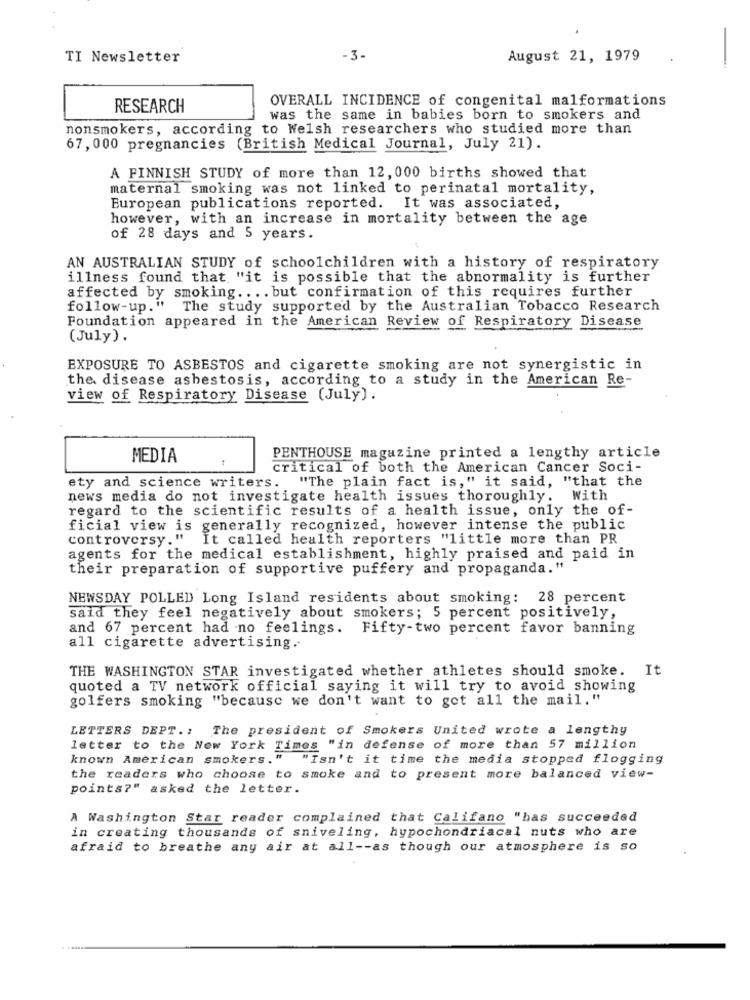
TI Newsletter
-3-
August 21, 1979
OVERALL INCIDENCE of congenital malformations
RESEARCH
was the same in babies born to smokers and
nonsmokers, according to Welsh researchers who studied more than
67, 000 pregnancies (British Medical Journal, July 21).
A FINNISH STUDY of more than 12, 000 births showed that
maternal smoking was not linked to perinatal mortality,
European publications reported. It was associated,
however, with an increase in mortality between the age
of 28 days and 5 years.
AN AUSTRALIAN STUDY of schoolchildren with a history of respiratory
illness found that "it is possible that the abnormality is further
affected by smoking .... but confirmation of this requires further
follow-up."
The study supported by the Australian Tobacco Research
Foundation appeared in the American Review of Respiratory Disease
(July).
EXPOSURE TO ASBESTOS and cigarette smoking are not synergistic in
the disease asbestosis, according to a study in the American Re-
view of Respiratory Disease (July).
MEDIA
PENTHOUSE magazine printed a lengthy article
critical of both the American Cancer Soci-
"The plain fact is," it said, "that the
ety and science writers.
news media do not investigate health issues thoroughly. With
regard to the scientific results of a health issue, only the of-
ficial view is generally recognized, however intense the public
controversy." It called health reporters "little more than PR
agents for the medical establishment, highly praised and paid in
their preparation of supportive puffery and propaganda."
NEWSDAY POLLED Long Island residents about smoking: 28 percent
said they feel negatively about smokers; 5 percent positively,
and 67 percent had no feelings. Fifty-two percent favor banning
all cigarette advertising.
THE WASHINGTON STAR investigated whether athletes should smoke. It
quoted a TV network official saying it will try to avoid showing
golfers smoking "because we don't want to get all the mail."
LETTERS DEPT .: The president of Smokers United wrote a lengthy
letter to the New York Times "in defense of more than 57 million
known American smokers."
. " "Isn't it time the media stopped flogging
the readers who choose to smoke and to present more balanced view-
points?" asked the letter.
A Washington Star reader complained that Califano "has succeeded
in creating thousands of sniveling, hypochondriacal nuts who are
afraid to breathe any air at all -- as though our atmosphere is so